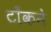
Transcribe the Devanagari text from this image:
टाँकने